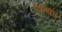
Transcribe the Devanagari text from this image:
शहबाघ